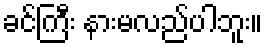
ခင်ကြီး နားမလည်ပါဘူး။